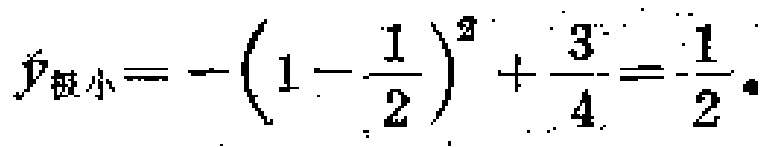
$y_{极小}=-\left(1 - \frac{1}{2}\right)^2+\frac{3}{4}=\frac{1}{2}.$